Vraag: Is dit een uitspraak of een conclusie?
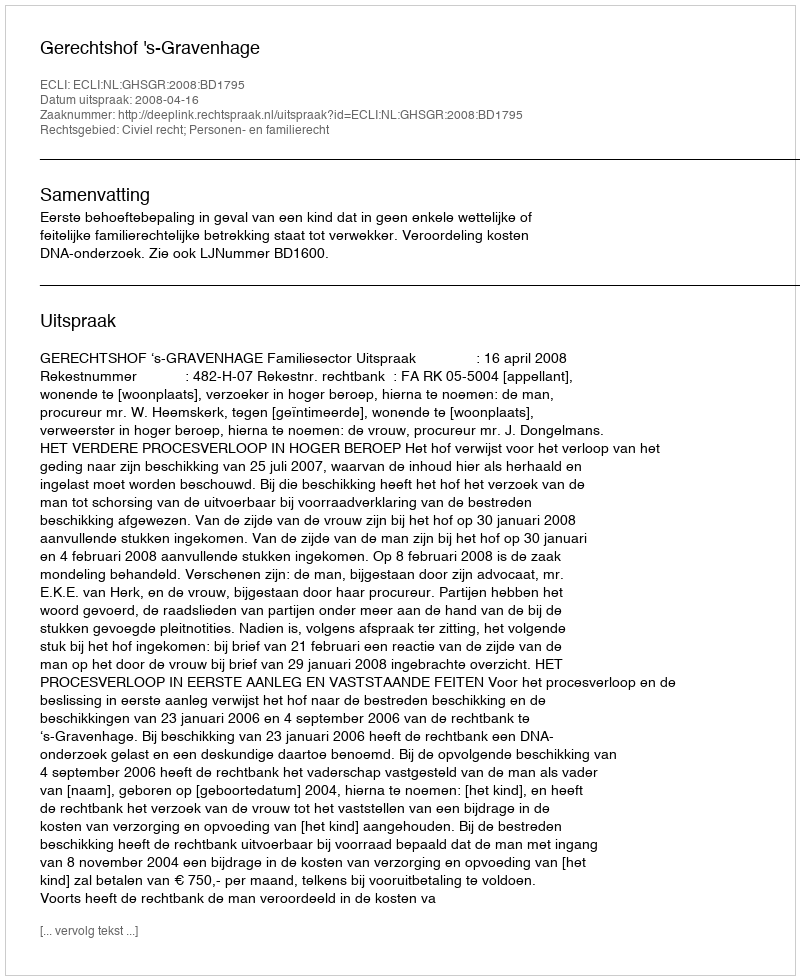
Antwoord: Uitspraak